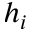
h _ { i }